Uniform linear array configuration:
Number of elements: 8
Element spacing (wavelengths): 1
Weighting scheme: binomial
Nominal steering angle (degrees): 45
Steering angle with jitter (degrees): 45.125
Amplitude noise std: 0.05
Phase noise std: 0.05

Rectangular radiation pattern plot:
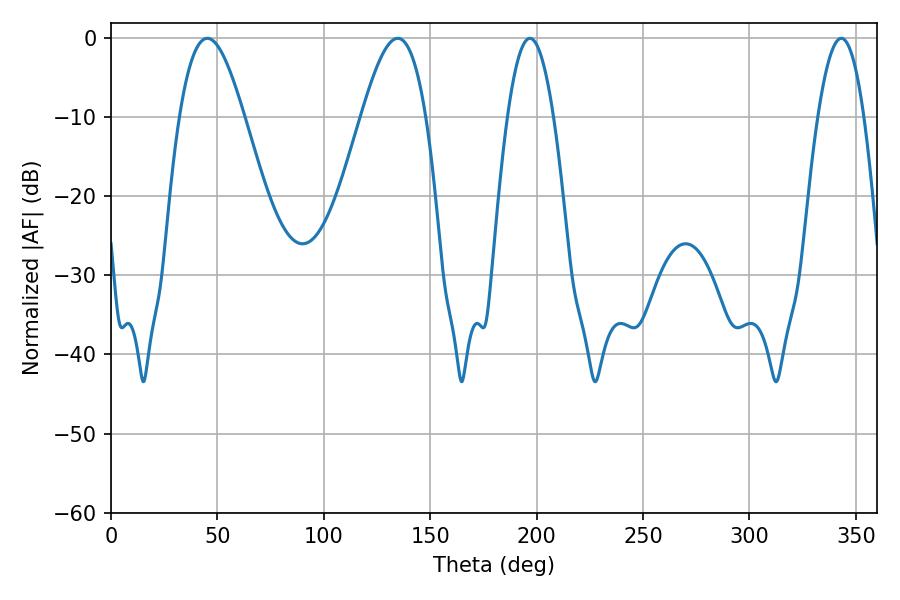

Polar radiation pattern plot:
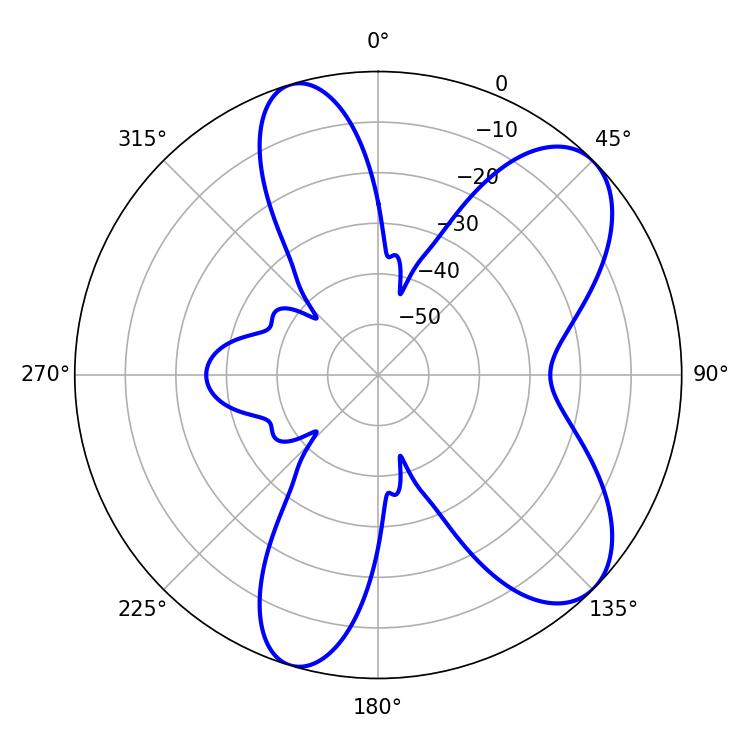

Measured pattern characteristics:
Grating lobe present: TRUE
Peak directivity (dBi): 7.934
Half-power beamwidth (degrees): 16.38
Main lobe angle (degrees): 45.18